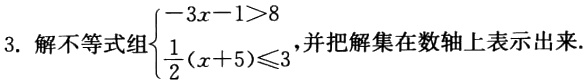
3. 解不等式组$\begin{cases}-3x - 1>8 \\

\frac{1}{2}(x + 5)\leq3\end{cases}$,并把解集在数轴上表示出来.